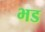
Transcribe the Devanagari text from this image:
भड